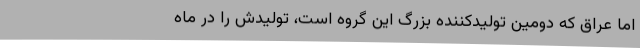
اما عراق که دومین تولیدکننده بزرگ این گروه است، تولیدش را در ماه